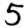
Digit: 5